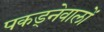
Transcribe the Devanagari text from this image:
पकड्नेवालों